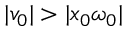
| v _ { 0 } | > | x _ { 0 } \omega _ { 0 } |